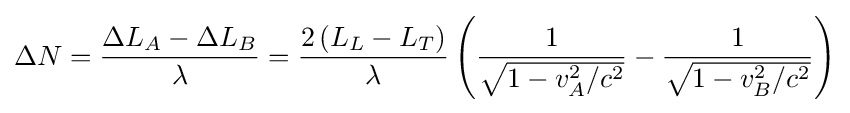
\Delta N={\frac {\Delta L_{A}-\Delta L_{B}}{\lambda }}={\frac {2\left(L_{L}-L_{T}\right)}{\lambda }}\left({\frac {1}{\sqrt {1-v_{A}^{2}/c^{2}}}}-{\frac {1}{\sqrt {1-v_{B}^{2}/c^{2}}}}\right)